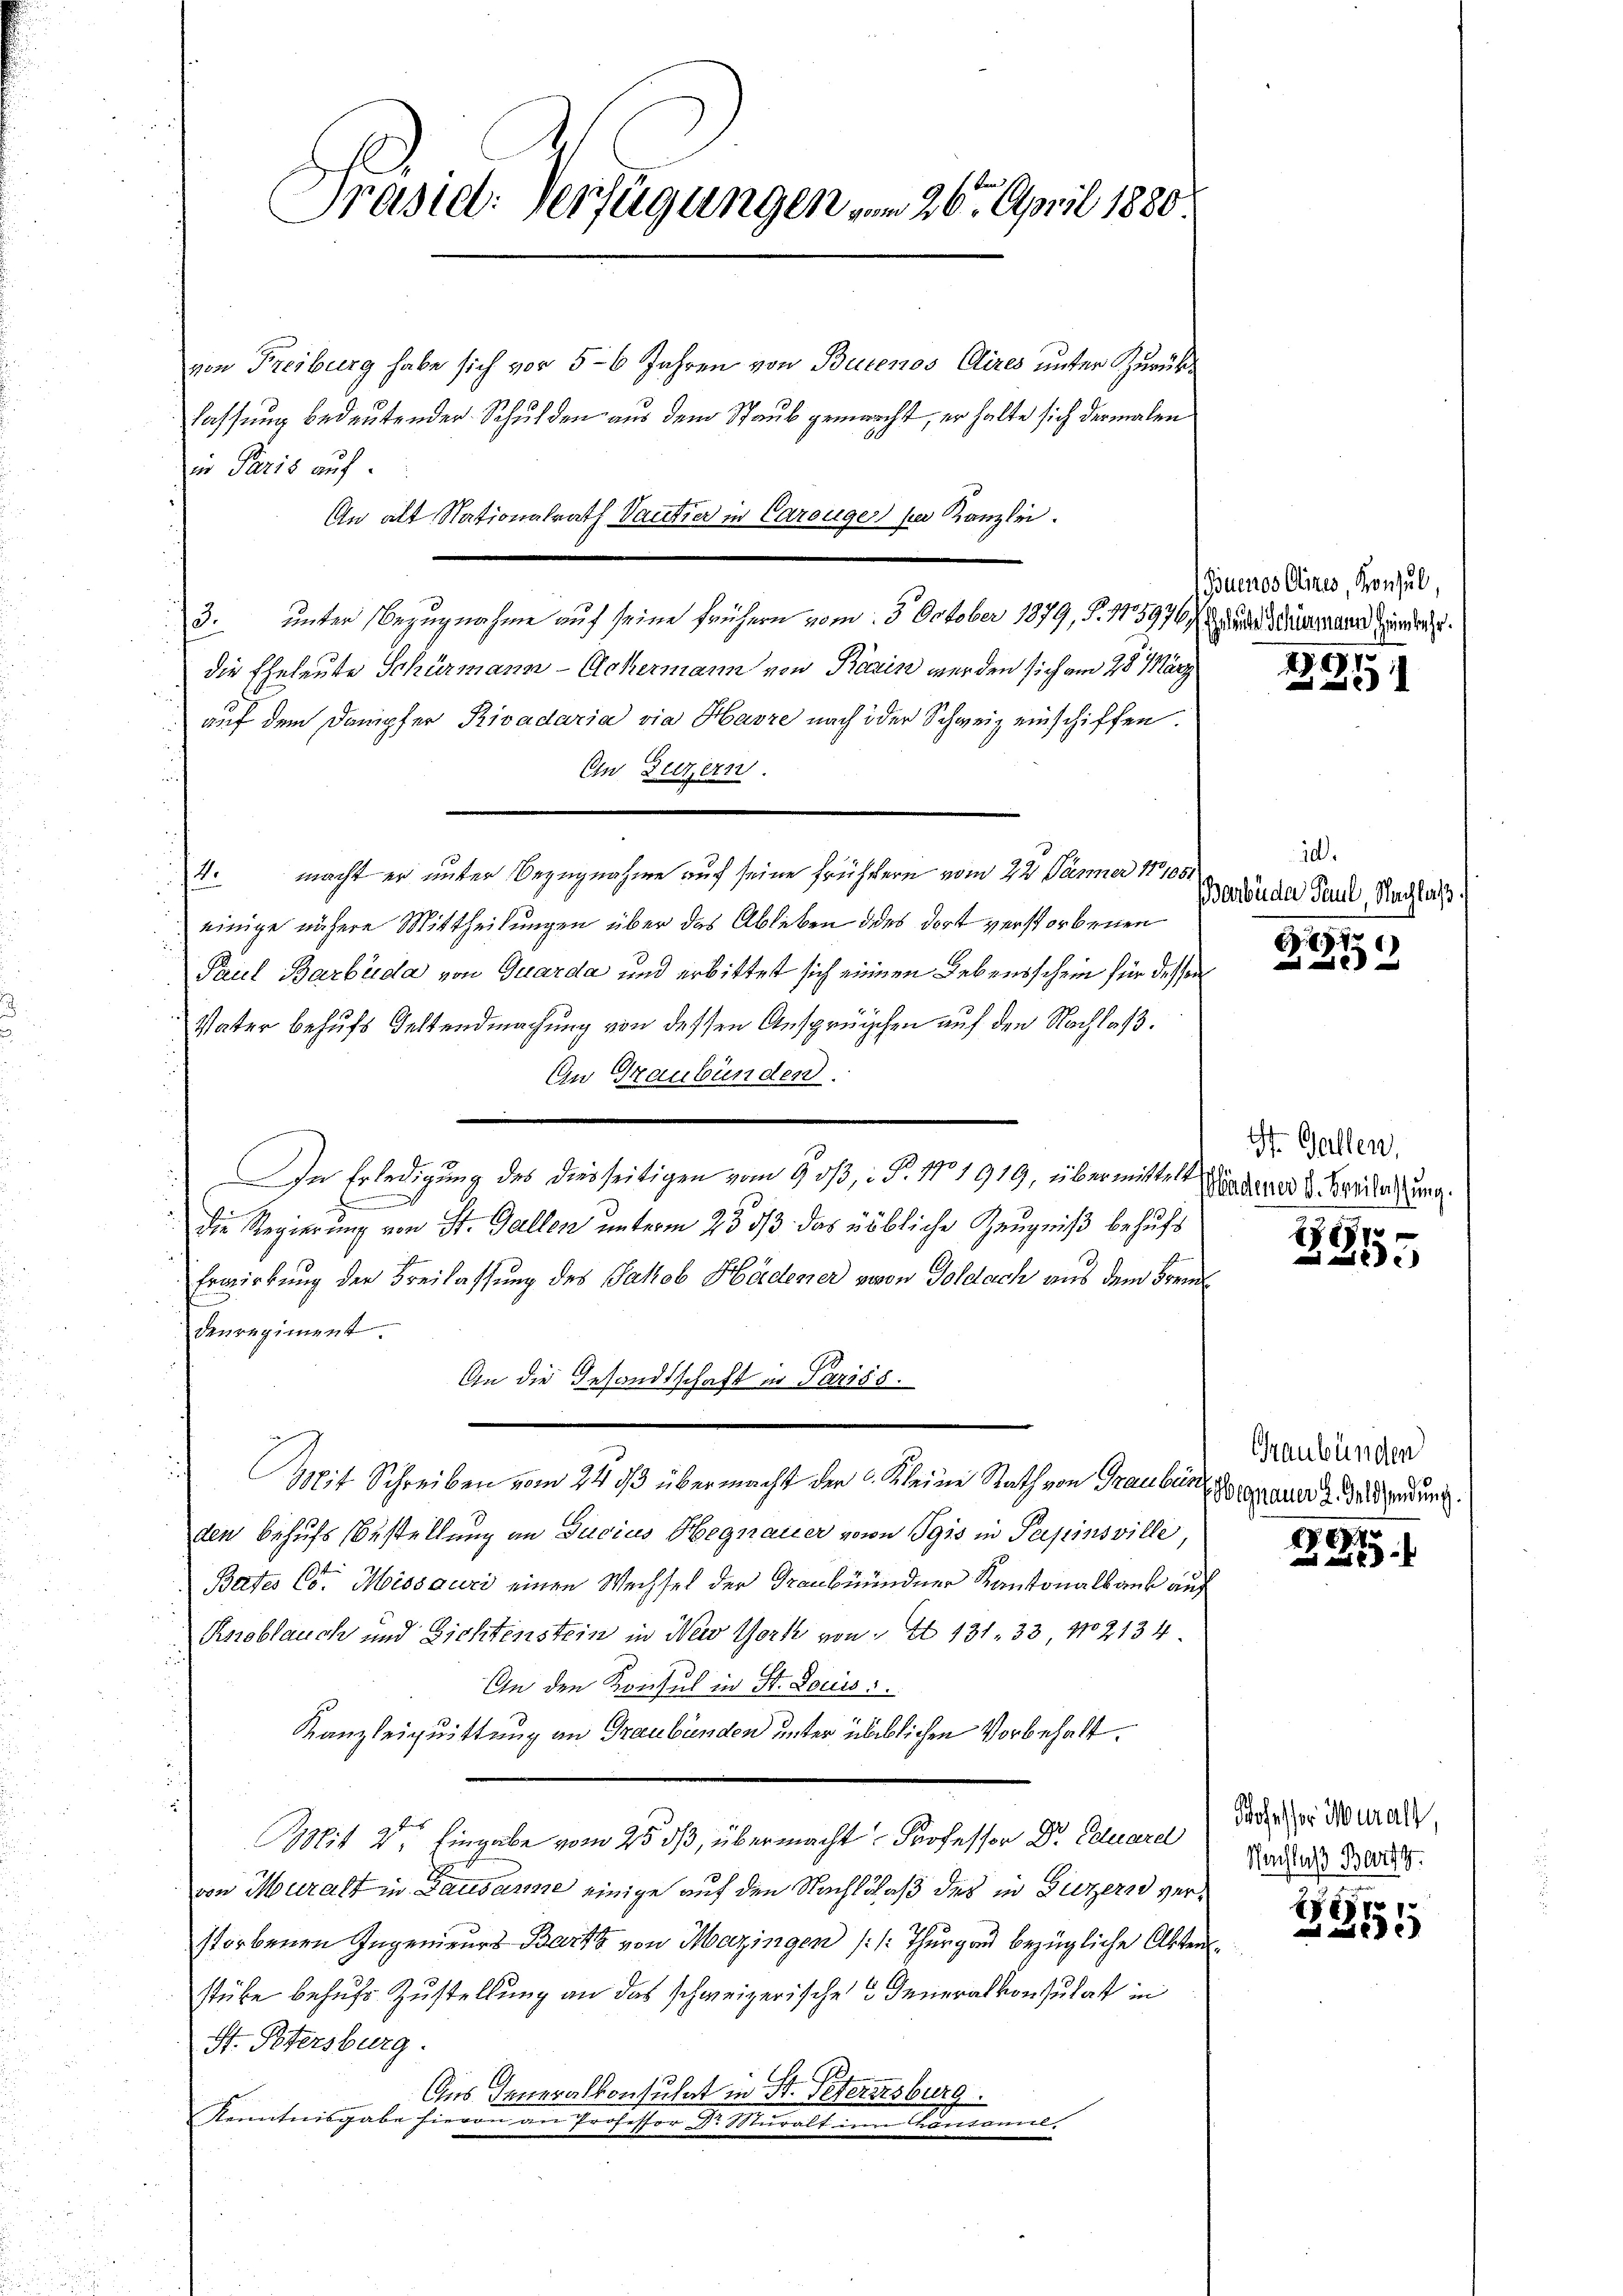
Prasiel. Verfügungen vom 26. April 1880

von Freiburg habe sich vor 56 Jahren von Buenos Aires unter Zurücklassung bedeutender Schulden aus dem Staub gemacht, er halte sich dermalen
ir Paris auf
An alt Nationalrath Vaudier in Carouger per Kanzlei.
3. unter Bezugnahme auf seine frühern vom 5. October 1879, S. 11597) Grunde Weinmaur Handerze
die Eheleute Schürmann - Eckermann von Bärin werden sich am 28. März
auf dem Dampfer Rivadaria via Havre nach oder Schweiz einschiffen.
On Luzern.
4. macht er unter Bezugnahme auf seine frühern vom 22. Jänner 18108.
einige nähere Mittheilungen über das Ableben dies dort verstorbenen
Paul Barbada von Quarda und erbittet sich einen Lebensschein für dessen
Vater behufs Geltendmachung von dessen Ansprüchen auf den Nachlaß.
An Graubünden.
In Erledigung des diesseitigen vom 9. dβ, i S. 11.1919, über mitte Winderer Beziehung.
e
Die Regierŭng von St. Gallen unterm 23. dβ das Löbliche Zeugniß behufs
Erwirkung der Freilassung des Jakob Hädener vovon Goldach aus dem Frem
denregiment.
An die Gesandtschaft in Pariss.
Mit Schreiben vom 24 93 übermacht der . Kleine Rath von Trauber dauer u. das gedung.
den behufs Bestellung an Gucius Hegnauer von Pgis in Papinsville,
Bates C. Morosauri einen Wechsel der Graubündner Kantonalbank auf
Knoblauch und Sichtenstein in New York von I 131. 33 No 2134
An den Konsul in St. Louis
Kanzleiquittung an Graubünden unter üblichen Vorbehalt.
Bit der Eingabe vom 25. dß, übermacht Professor Dr. Eduarel
von Muralt in Lausanne einige auf den Nachlaß des in Luzern verstorbenen Ingenieurs Barth von Mazingen ( /: Thurgau bezügliche Aktenstube behufs Zustellung an das schweizerische Generalkonsulat in
H. Petersburg.
Aus Generalkonsulat in St. Gefernsburg.
Kenntnisgabe hievon an Professor Dr. Muralt in Cantoniel.

Gouenos Aires, Konsul,

97
e

10.
arbäder Paul, Nachlaß.

8

St. Gallen,

e
e
i

Graubünden

f 0 x

Professor Muralt,
Wenfluss Bartg.

88xx
)